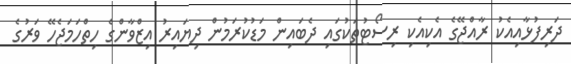
ދަރިފުޅާއިއެކު ރާއްޖޭގެ އެކިއެކި ރިސޯޓުތަކުގައި ދެބައިން މަޑުކުރަމުން ދިޔައިރު އިޒްވާންގެ ހިތްހަމަޖެހޭ ވަރުގެ